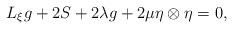
LaTeX: \begin{align*}L_{\xi}g+2S+2\lambda g+2\mu\eta\otimes \eta=0,\end{align*}